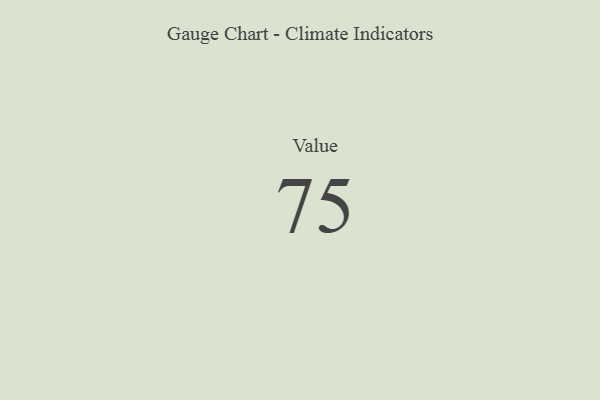
{"axis": {"x": "Metric", "y": "Value"}, "legend": [""], "data": [{"x": "Value", "y": 75, "type": ""}]}